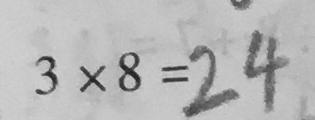
3 \times 8 = 2 4